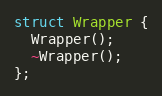
Language: C
struct Wrapper {
  Wrapper();
  ~Wrapper();
};